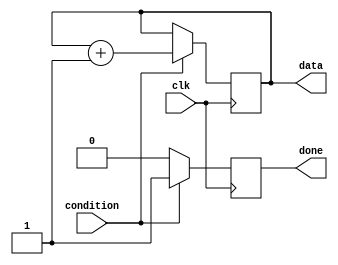
module conditional_wait_block (
    input wire condition,       // Condition signal
    input wire clk,            // Clock signal
    output reg done,           // Output signal indicating completion of wait
    output reg [7:0] data      // Example output data
);

// Initial state
initial begin
    done = 0;                  // Initially not done
    data = 8'b0;               // Initialize data
end

// Behavioral model for conditional wait
always @(posedge clk) begin
    // Check the condition
    if (!condition) begin
        // Wait state: Do nothing until condition is met
        done <= 0;            // Remain not done
        data <= data;         // Maintain the current data
    end else begin
        // Condition met: Resume operations
        done <= 1;            // Indicate completion of wait
        data <= data + 1;     // Example operation: Increment data
    end
end

endmodule